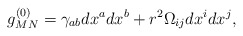
\begin{align*}g^{(0)}_{MN} = \gamma_{ab}dx^adx^b+r^2\Omega_{ij}dx^idx^j, \end{align*}